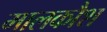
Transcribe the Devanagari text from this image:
मालकौश